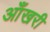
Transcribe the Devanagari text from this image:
आँखरी